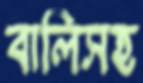
বালিসহ